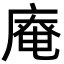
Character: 𢊊